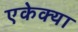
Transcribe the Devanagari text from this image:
एकेक्या